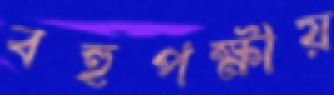
বহুপক্ষীয়